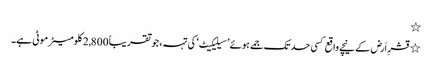
٭
٭ قشرِ اَرض کے نیچے واقع کسی حد تک جمے ہوئے ’سیلیکیٹ‘ کی تہہ، جو تقریباً 2,800 کلومیٹر موٹی ہے۔